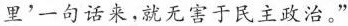
里'一句话来，就无害于民主政治。”